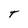
Character: T